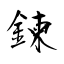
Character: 鍊